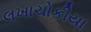
લખાચોકીયા